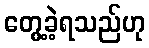
တွေ့ခဲ့ရသည်ဟု